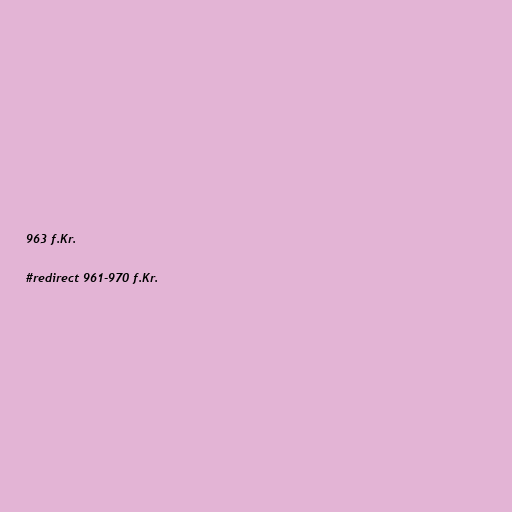
963 f.Kr.

#redirect 961-970 f.Kr.